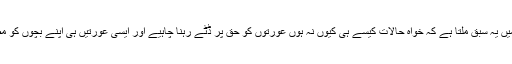
انکی زندگیوں کے مطالعہ سے ہمیں یہ سبق ملتا ہے کہ خواہ حالات کیسے ہی کیوں نہ ہوں عورتوں کو حق پر ڈٹے رہنا چاہیے اور ایسی عورتیں ہی اپنے بچوں کو مضبوط کردار کی تربیت دیتی ہیں۔